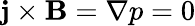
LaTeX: \mathbf{j}\times\mathbf{B}=\nabla p=0